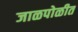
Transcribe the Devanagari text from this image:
जाळपोळीत